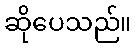
ဆိုပေသည်။